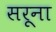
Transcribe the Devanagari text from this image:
सरूना